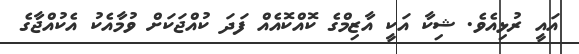
އައީ ރުޅިއެވެ. ޝިކާ އަކީ އާޒިމްގެ ކޮއްކޮއެއް ފަދަ ކުއްޖަކަށް ވުމާއެކު އެކުއްޖާގެ